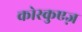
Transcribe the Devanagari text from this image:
कोस्कुएज़